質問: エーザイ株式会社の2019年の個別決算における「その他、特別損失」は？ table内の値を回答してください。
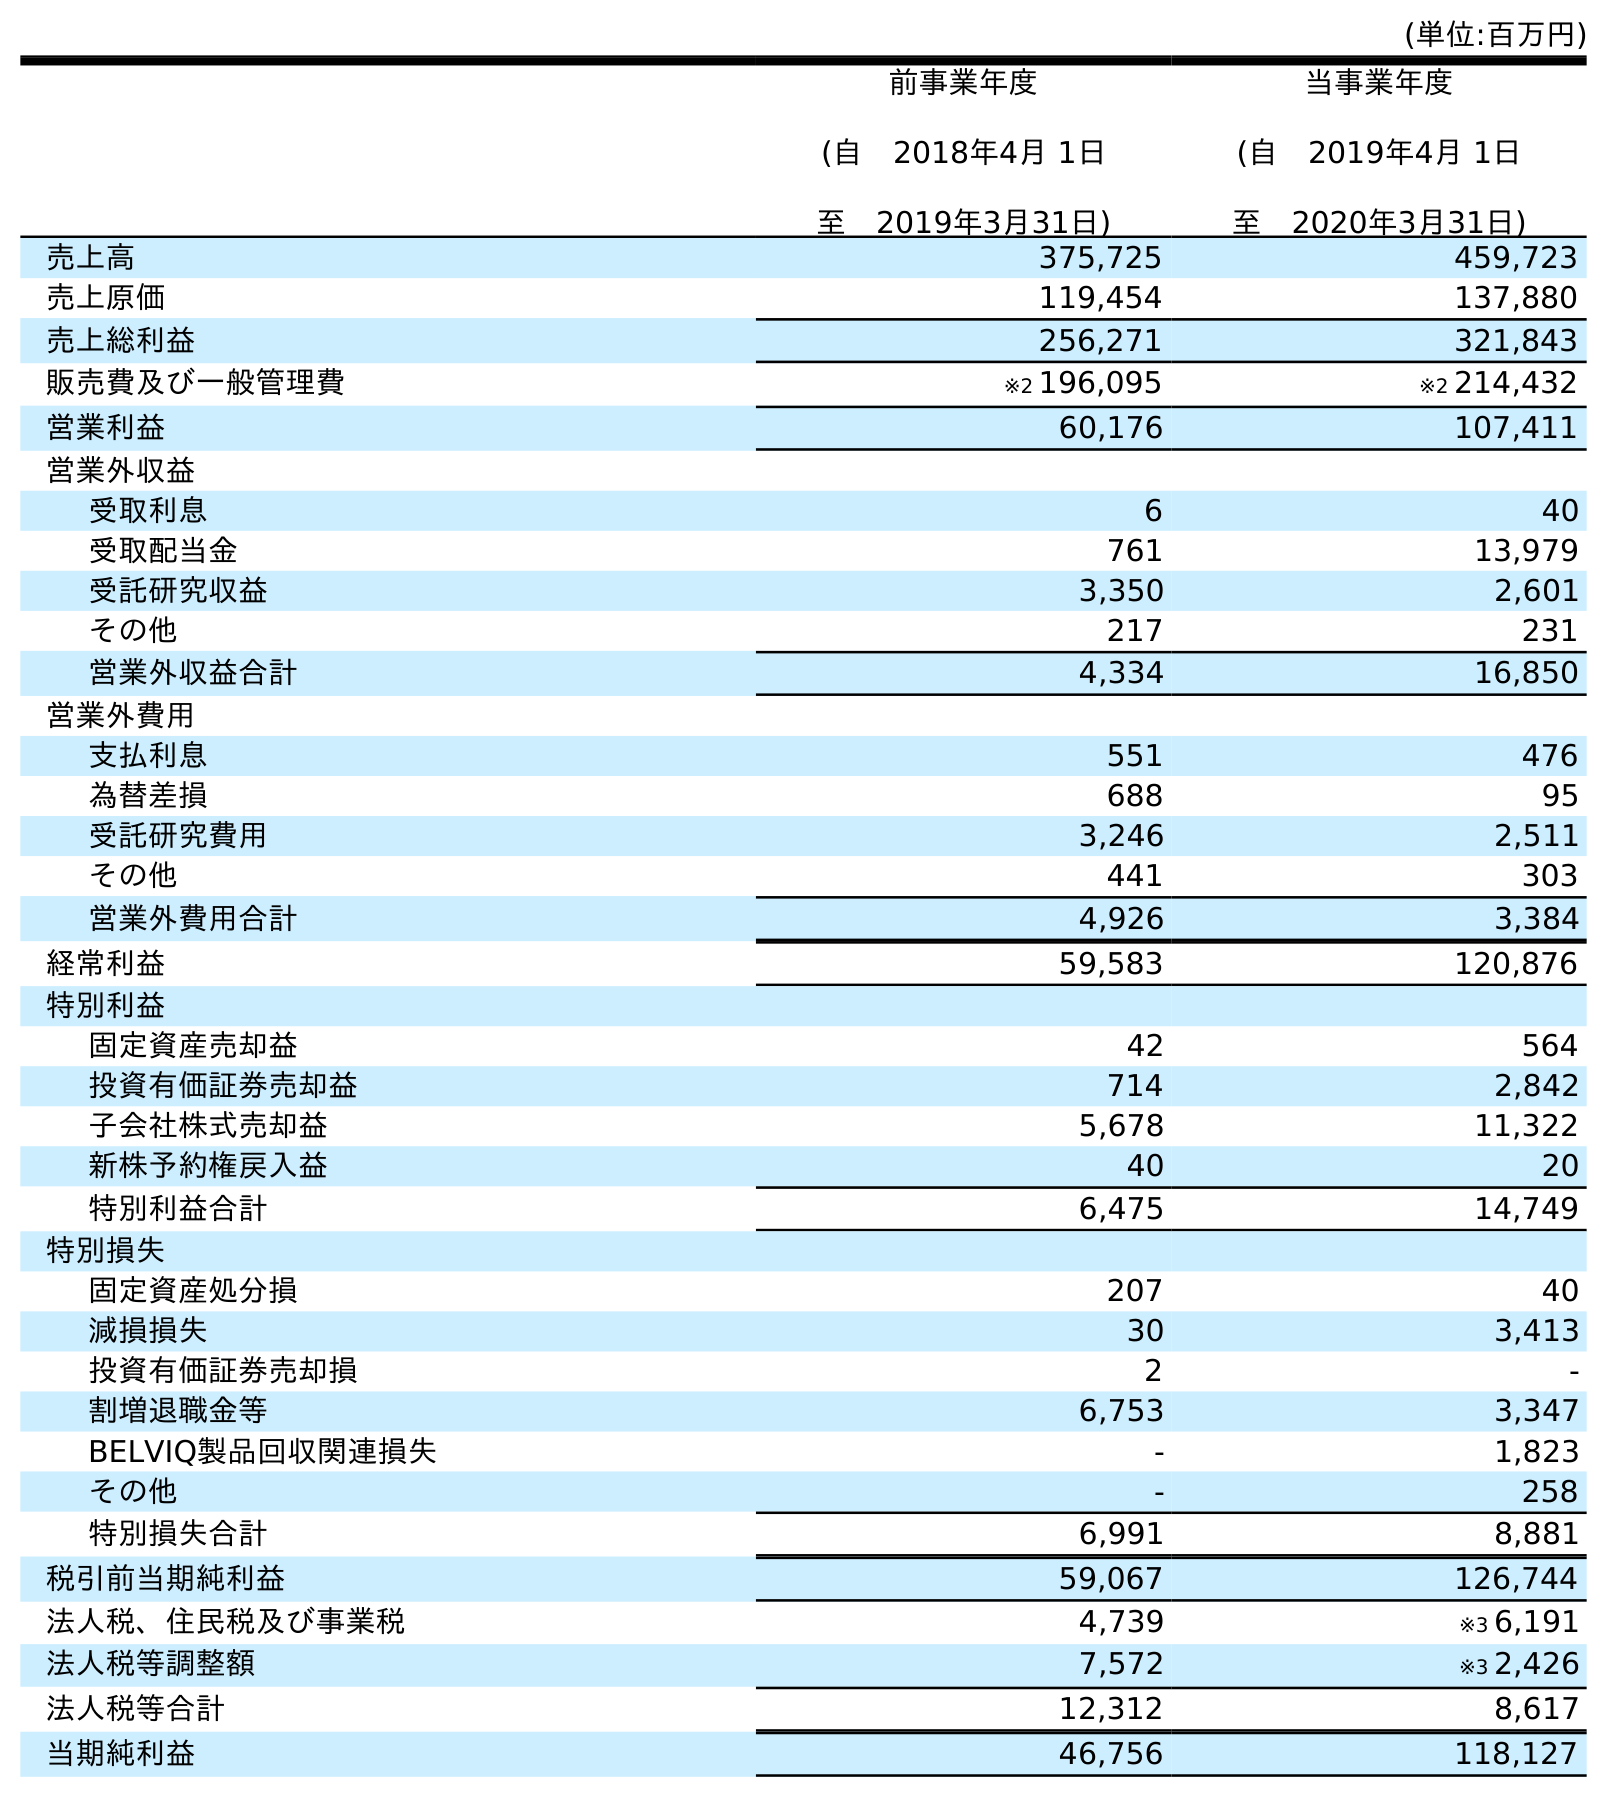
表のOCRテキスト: (単位:百万円) 前事業年度 (自 2018年4月 1日 至 2019年3月31日) 当事業年度 (自 2019年4月 1日 至 2020年3月31日) 売上高 375,725 459,723 売上原価 119,454 137,880 売上総利益 256,271 321,843 販売費及び一般管理費 ※2 196,095 ※2 214,432 営業利益 60,176 107,411 営業外収益 受取利息 6 40 受取配当金 761 13,979 受託研究収益 3,350 2,601 その他 217 231 営業外収益合計 4,334 16,850 営業外費用 支払利息 551 476 為替差損 688 95 受託研究費用 3,246 2,511 その他 441 303 営業外費用合計 4,926 3,384 経常利益 59,583 120,876 特別利益 固定資産売却益 42 564 投資有価証券売却益 714 2,842 子会社株式売却益 5,678 11,322 新株予約権戻入益 40 20 特別利益合計 6,475 14,749 特別損失 固定資産処分損 207 40 減損損失 30 3,413 投資有価証券売却損 2 - 割増退職金等 6,753 3,347 BELVIQ製品回収関連損失 - 1,823 その他 - 258 特別損失合計 6,991 8,881 税引前当期純利益 59,067 126,744 法人税、住民税及び事業税 4,739 ※3 6,191 法人税等調整額 7,572 ※3 2,426 法人税等合計 12,312 8,617 当期純利益 46,756 118,127
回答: -